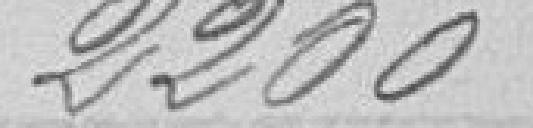
2200